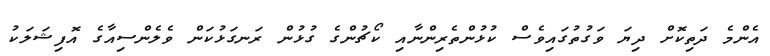
އެންމެ ދަތިކޮށް ދިޔަ ވަގުތުގައިވެސް ކުޅުންތެރިންނާއި ކޯޗުންގެ ގުޅުން ރަނގަޅުކަން ވެލެންސިއާގެ އޮފިޝަލަކު